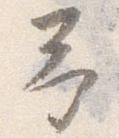
予